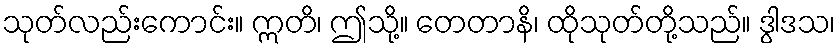
သုတ်လည်းကောင်း။ ဣတိ၊ ဤသို့။ တေတာနိ၊ ထိုသုတ်တို့သည်။ ဒွါဒသ၊